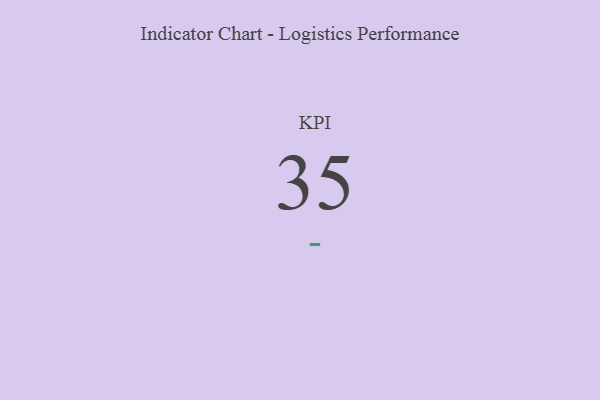
{"axis": {"x": "KPI", "y": "Value"}, "legend": [""], "data": [{"x": "KPI", "y": 35, "type": ""}]}